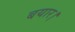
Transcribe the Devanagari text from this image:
बयार।